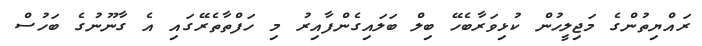
ރައްޔިތުންގެ މަޖިލީހުން ކުޅިވަރާބެހޭ ބިލް ބަލައިގެންފާއިރު މި ހަފްތާތެރޭގައި އެ ގާނޫނުގެ ބަހުސް